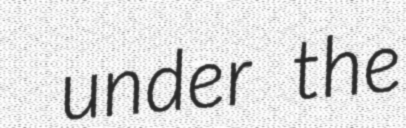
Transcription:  under the